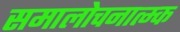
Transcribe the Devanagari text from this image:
समालोचनात्म्क